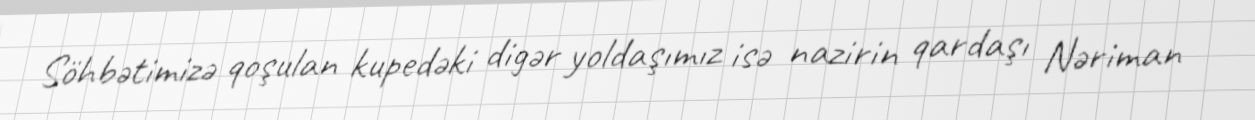
Söhbətimizə qoşulan kupedəki digər yoldaşımız isə nazirin qardaşı Nəriman